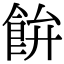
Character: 𩚳